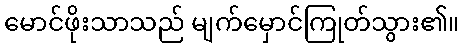
မောင်ဖိုးသာသည် မျက်မှောင်ကြုတ်သွား၏။